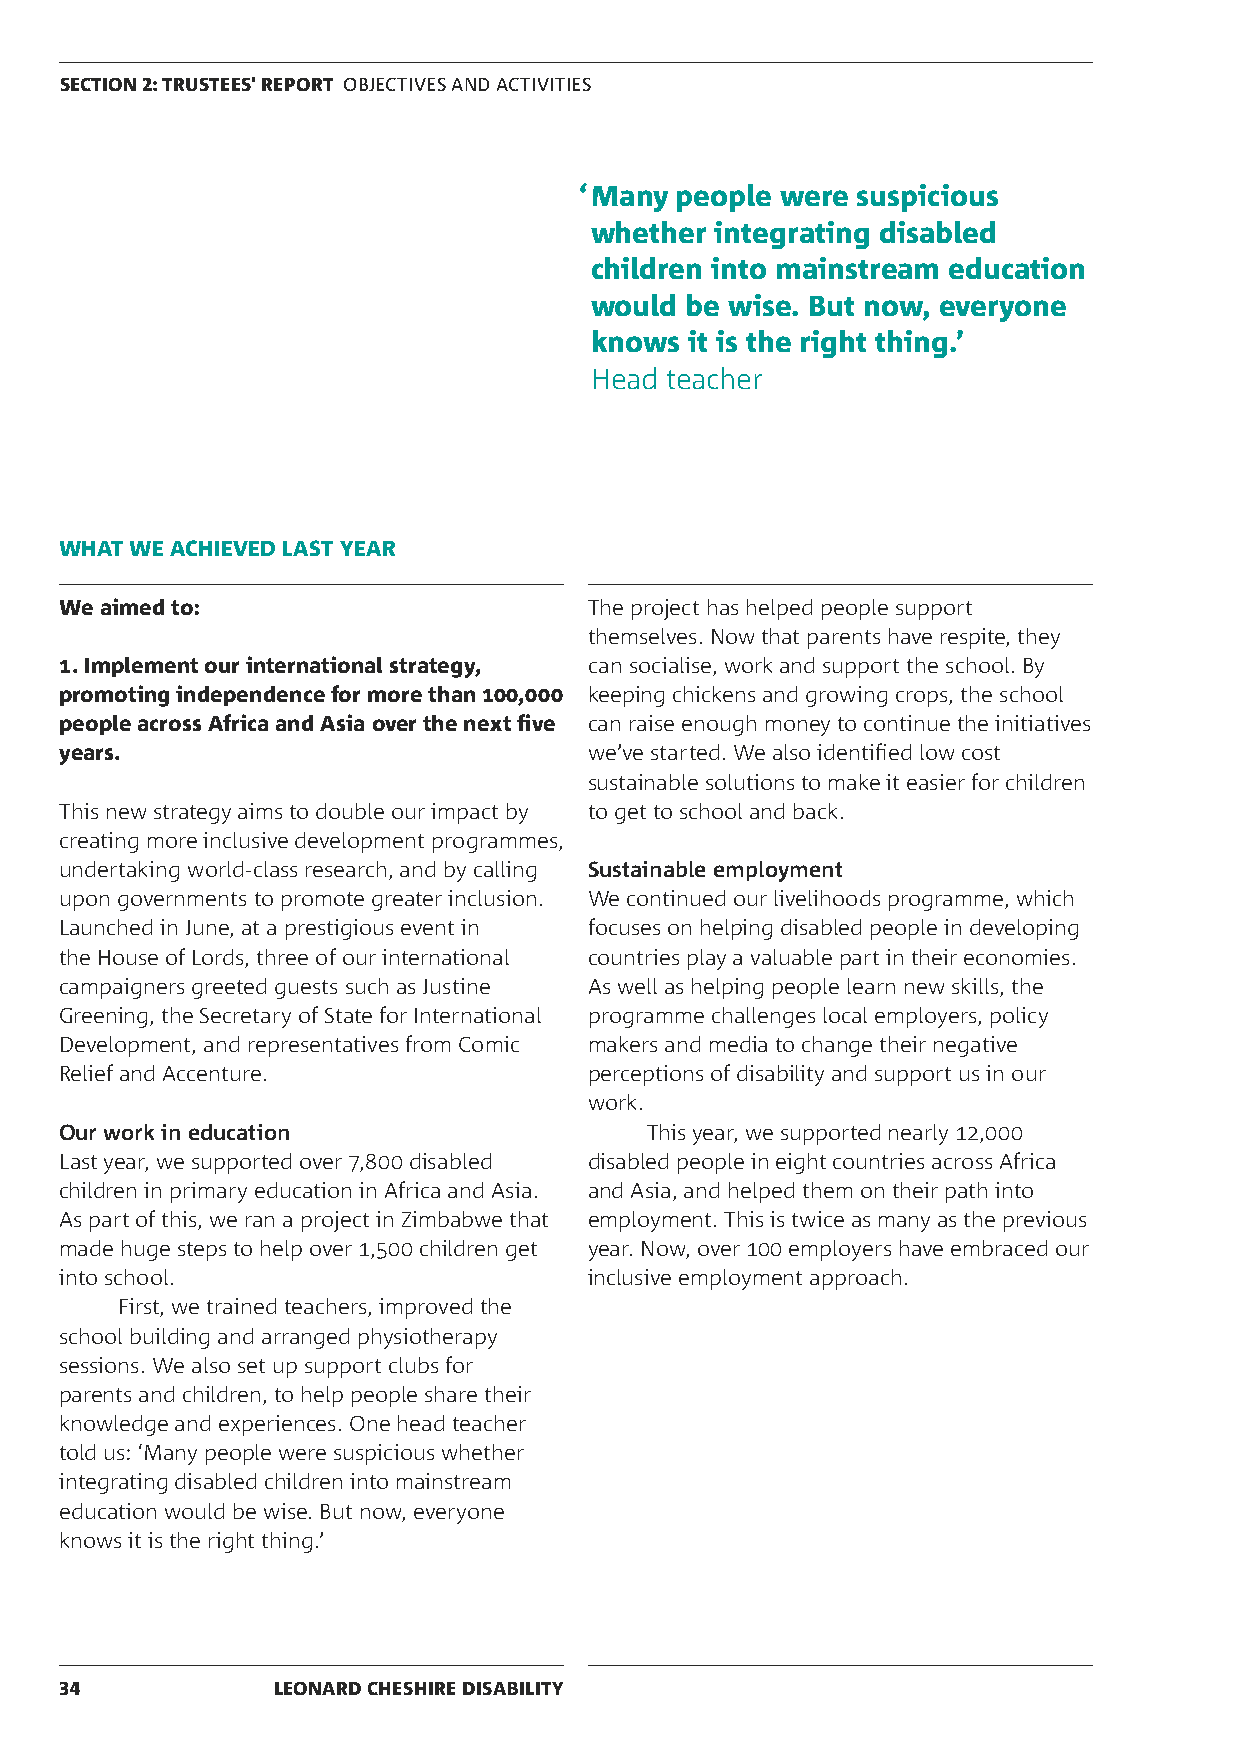
SECTION 2: TRUSTEES' REPORT OBJECTIVES AND ACTIVITIES
 ‘ Many people were suspicious
 whether integrating disabled
 children into mainstream education
 would be wise. But now, everyone
 knows  it is the right thing.’
 Head teacher
 WHAT WE ACHIEVED LAST YEAR
 We aimed to:                       The project has helped people support
 themselves. Now that parents have respite, they
 1. Implement our international strategy, can socialise, work and support the school. By
 promoting independence for more than 100,000 keeping chickens and growing crops, the school
 people across Africa and Asia over the next five can raise enough money to continue the initiatives
 years.                             we’ve started. We also identified low cost
 sustainable solutions to make it easier for children
 This new strategy aims to double our impact by to get to school and back.
 creating more inclusive development programmes,
 undertaking world-class research, and by calling Sustainable employment
 upon governments to promote greater inclusion. We continued our livelihoods programme, which
 Launched in June, at a prestigious event in focuses on helping disabled people in developing
 the House of Lords, three of our international countries play a valuable part in their economies.
 campaigners greeted guests such as Justine As well as helping people learn new skills, the
 Greening, the Secretary of State for International programme challenges local employers, policy
 Development, and representatives from Comic makers and media to change their negative
 Relief and Accenture.              perceptions of disability and support us in our
 work.
 Our work in education                  This year, we supported nearly 12,000
 Last year, we supported over 7,800 disabled disabled people in eight countries across Africa
 children in primary education in Africa and Asia. and Asia, and helped them on their path into
 As part of this, we ran a project in Zimbabwe that employment. This is twice as many as the previous
 made huge steps to help over 1,500 children get year. Now, over 100 employers have embraced our
 into school.                       inclusive employment approach.
 First, we trained teachers, improved the
 school building and arranged physiotherapy
 sessions. We also set up support clubs for
 parents and children, to help people share their
 knowledge and experiences. One head teacher
 told us: ‘Many people were suspicious whether
 integrating disabled children into mainstream
 education would be wise. But now, everyone
 knows it is the right thing.’
 34            LEONARD CHESHIRE DISABILITY